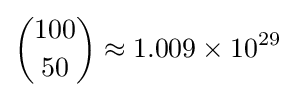
{\binom {100}{50}}\approx 1.009\times 10^{29}